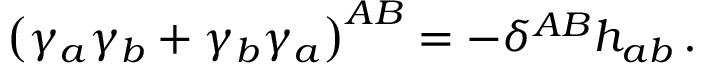
\left( \gamma _ { a } \gamma _ { b } + \gamma _ { b } \gamma _ { a } \right) ^ { A B } = - \delta ^ { A B } h _ { a b } \, .